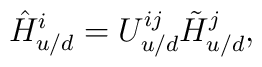
\hat{H}_{u/d}^{i}=U_{u/d}^{ij}\tilde{H}_{u/d}^{j},